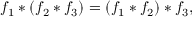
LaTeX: f _ { 1 } * ( f _ { 2 } * f _ { 3 } ) = ( f _ { 1 } * f _ { 2 } ) * f _ { 3 } ,